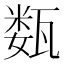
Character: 𰢦